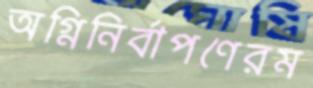
অগ্নিনির্বাপণেরম